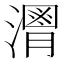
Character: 𱩒